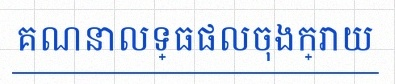
គណនាលទ្ធផលចុងក្រោយ